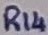
Text: R14